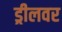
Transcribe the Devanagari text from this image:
ड्रीलवर